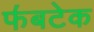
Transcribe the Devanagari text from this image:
फ॔बटेक